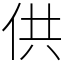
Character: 供